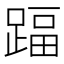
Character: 踾